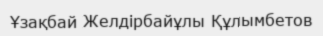
Ұзақбай Желдірбайұлы Құлымбетов